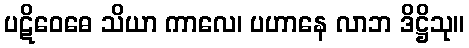
ပဋိဝေဓေ သိယာ ကာလေ၊ ပဟာနေ လာဘ ဒိဋ္ဌိသု။